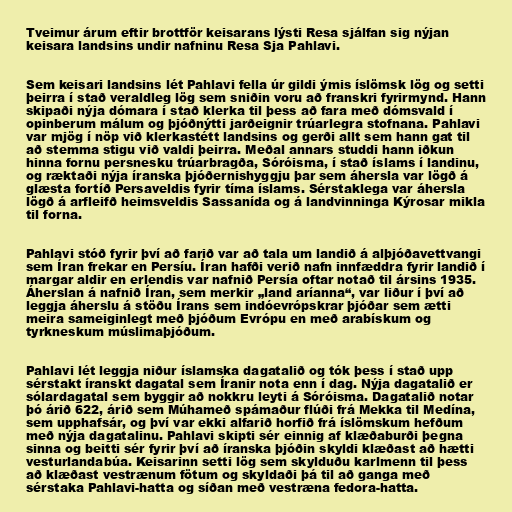
Tveimur árum eftir brottför keisarans lýsti Resa sjálfan sig nýjan
keisara landsins undir nafninu Resa Sja Pahlavi.

Sem keisari landsins lét Pahlavi fella úr gildi ýmis íslömsk lög og setti
þeirra í stað veraldleg lög sem sniðin voru að franskri fyrirmynd. Hann
skipaði nýja dómara í stað klerka til þess að fara með dómsvald í
opinberum málum og þjóðnýtti jarðeignir trúarlegra stofnana. Pahlavi
var mjög í nöp við klerkastétt landsins og gerði allt sem hann gat til
að stemma stigu við valdi þeirra. Meðal annars studdi hann iðkun
hinna fornu persnesku trúarbragða, Sóróisma, í stað íslams í landinu,
og ræktaði nýja íranska þjóðernishyggju þar sem áhersla var lögð á
glæsta fortíð Persaveldis fyrir tíma íslams. Sérstaklega var áhersla
lögð á arfleifð heimsveldis Sassanída og á landvinninga Kýrosar mikla
til forna.

Pahlavi stóð fyrir því að farið var að tala um landið á alþjóðavettvangi
sem Íran frekar en Persíu. Íran hafði verið nafn innfæddra fyrir landið í
margar aldir en erlendis var nafnið Persía oftar notað til ársins 1935.
Áherslan á nafnið Íran, sem merkir „land aríanna“, var liður í því að
leggja áherslu á stöðu Írans sem indóevrópskrar þjóðar sem ætti
meira sameiginlegt með þjóðum Evrópu en með arabískum og
tyrkneskum múslimaþjóðum.

Pahlavi lét leggja niður íslamska dagatalið og tók þess í stað upp
sérstakt íranskt dagatal sem Íranir nota enn í dag. Nýja dagatalið er
sólardagatal sem byggir að nokkru leyti á Sóróisma. Dagatalið notar
þó árið 622, árið sem Múhameð spámaður flúði frá Mekka til Medína,
sem upphafsár, og því var ekki alfarið horfið frá íslömskum hefðum
með nýja dagatalinu. Pahlavi skipti sér einnig af klæðaburði þegna
sinna og beitti sér fyrir því að íranska þjóðin skyldi klæðast að hætti
vesturlandabúa. Keisarinn setti lög sem skylduðu karlmenn til þess
að klæðast vestrænum fötum og skyldaði þá til að ganga með
sérstaka Pahlavi-hatta og síðan með vestræna fedora-hatta.